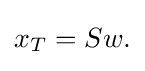
{\begin{aligned}x_{T}=Sw.\end{aligned}}